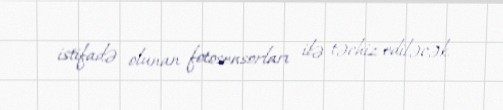
istifadə olunan fotosensorları ilə təchiz ediləcək.